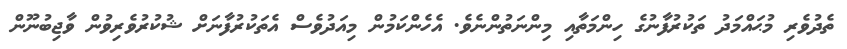
ތެދުވެރި މުޙައްމަދު ތަކުރުފާނުގެ ހިންމަތާއި މިންނަތުންނެވެ. އެހެންކަމުން މިއަދުވެސް އެތަކުރުފާނަށް ޝުކުރުވެރިވުން ވާޖިބުނޫން